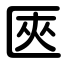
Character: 匧